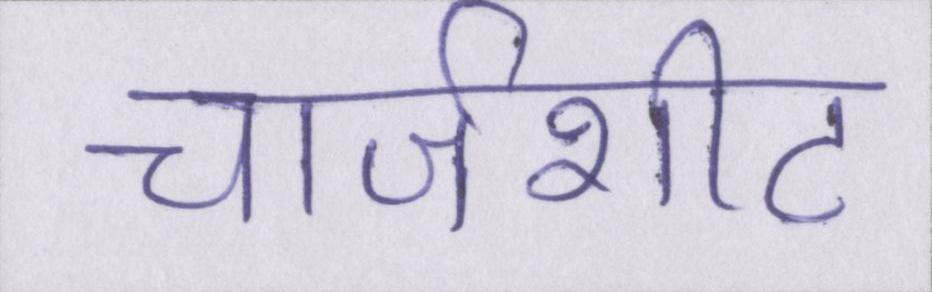
चार्जशीट